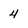
Character: 4